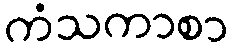
ကံသကာစာ